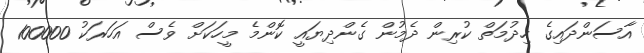
އާސަންދައިގެ ހިދުމަތް ކުރިން ދެމުން ގެންދިޔައީ ކޮންމެ މީހަކަށް ވެސް އަހަރަކު 100000